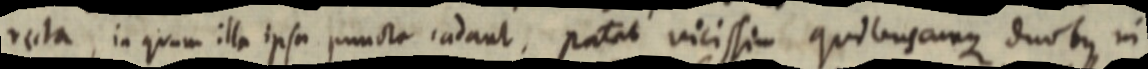
recta, in quam illa ipsa puncta iadant, patat vicissim quibus cunque duobus in